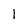
Character: 1